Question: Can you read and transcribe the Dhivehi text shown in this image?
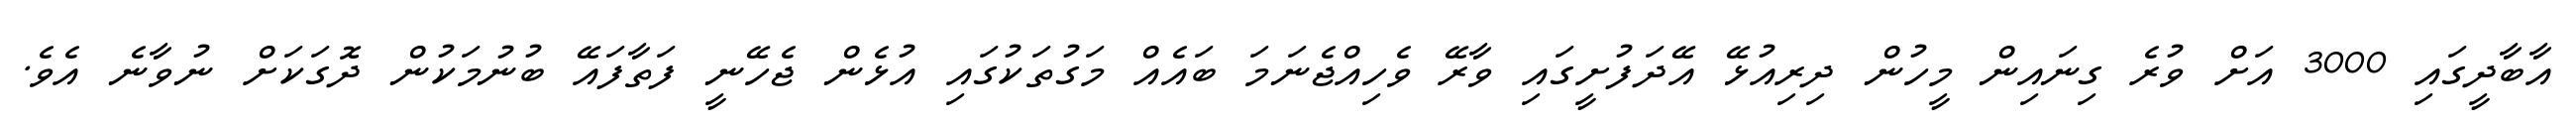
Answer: އާބާދީގައި 3000 އަށް ވުރެ ގިނައިން މީހުން ދިރިއުޅޭ އޭދަފުށީގައި ވާރޭ ވެހިއްޖެނަމަ ބައެއް މަގުތަކުގައި އުޅެން ޖެހޭނީ ފަތާފައޭ ބުނުމަކުން ދޮގަކަށް ނުވާނެ އެވެ.